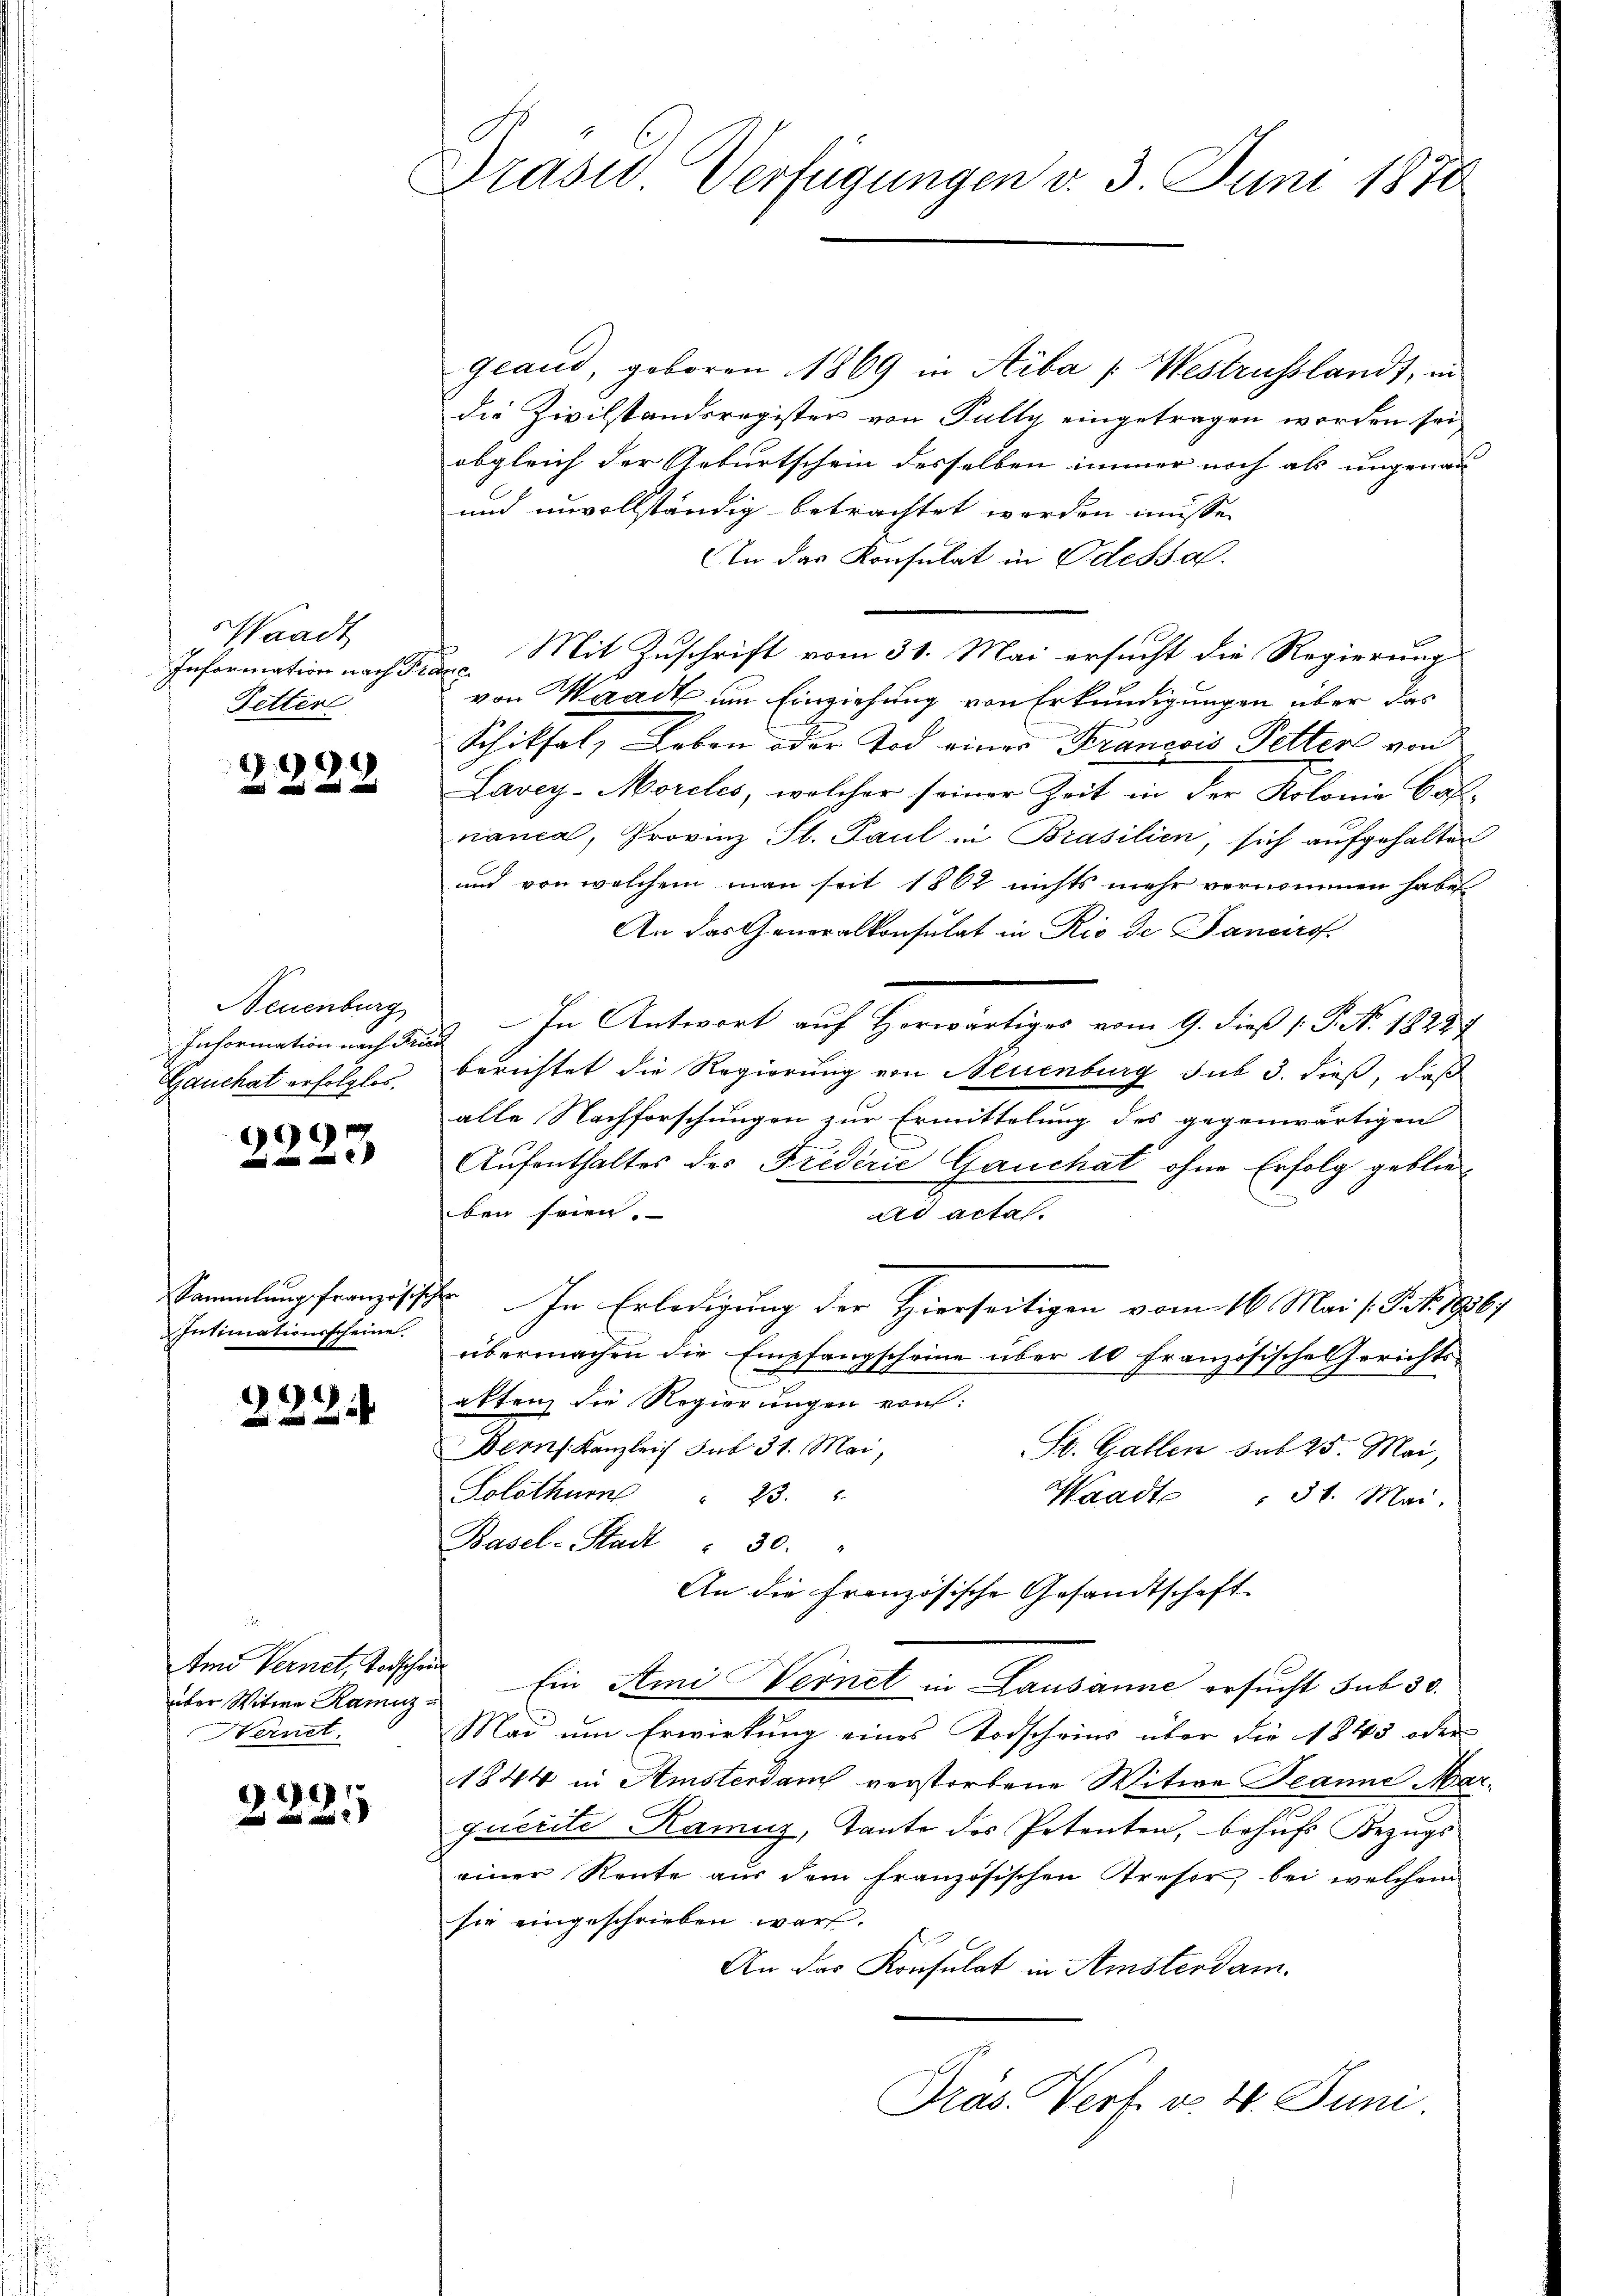
Waadt
Information nach Fr.
Retter

99
   u

Neuenburg
Information nach Frie
Gauchat erfolglos.

99

Sammlung französische
Intimationsscheine

222.

Im Vernet, Todsche
über Witwe Ramiz¬
Hernet.

)
22

Präsid Verfügungen v. 3. Juni 1870

Grand, geboren 1869 in Siba [Westrusslandt, in
die Zivilstandsregister von Fully eingetragen worden sei
obgleich der Geburtschein desselben immer noch als ungenann
und unvollständig betrachtet worden müsse.
In das Konsulat in Odessal.
f
von Waadt um Einziehung von Erkundigungen über das
Schiksal, Leben oder Tod einer Francois Petter von
Lavey-Moreles, welcher seiner Zeit in der Kolonie Baß-
nanca, Provinz Sl. Paul in Brasilien, sich aufgehalten
und von welchem man seit 1862 nichts mehr vernommen habe
An das Generalkonsulat in Rio de Janaro
In Antwort auf Horwärtiges vom 9. dieß [P. Nr. 18287
berichtet die Regierung von Neuenburg sub 3. dieß, daß
alle Nachforschungen zur Ermittelung des gegenwärtigen
Aufenthaltes des Friderić Gauchat ohne Erfolg geblieiben seien.
ad actas.
 In Erledigung der Hierseitigen vom 16. Mai l. S. Nr. 1867
übermachen die Empfangscheine über 10 Französische Gerichts-
akten, die Regierungen von:
Derns. Kanzleich sub 31. Mai,
St. Gallen sub 25. Mai,
Solothurn " 23.
Waadt: 31. Mai.
Basel-Stadt - 30.
An die französische Gesandtschaft
Ein Ami Vernet in Lausanne ersucht sub 30.
Mai um Erwirkung eines Todscheins über die 1845 oder
1844 in Amsterdam verstorbene Witwe Jeanne Marquerite Ramuz, Tante des Petenten, behufs Bezugs
einer Rente aus dem französischen Presor, bei welchem
sie eingeschrieben war.
An das Konsulat in Amsterdam.
Pras. Verf. v. 4. Juni

Mit Zuschrift vom 31. Mai ersucht die Regierung